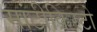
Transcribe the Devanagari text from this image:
मांटीक्रिस्टो